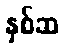
နှစ်ဆ